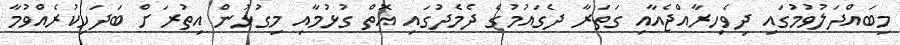
މިބައްދަލުވުމުގައި ދިވެހިރާއްޖެއާއި ގަތަރާ ދެގައުމުގެ ދެމެދުގައި އޮތް ގުޅުމާއި މިގުޅުން އިތުރަށް ބަދަހިކުރެއްވުމާ